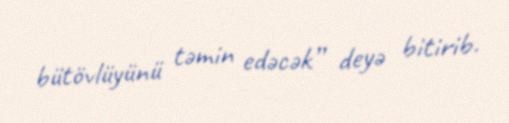
bütövlüyünü təmin edəcək” deyə bitirib.